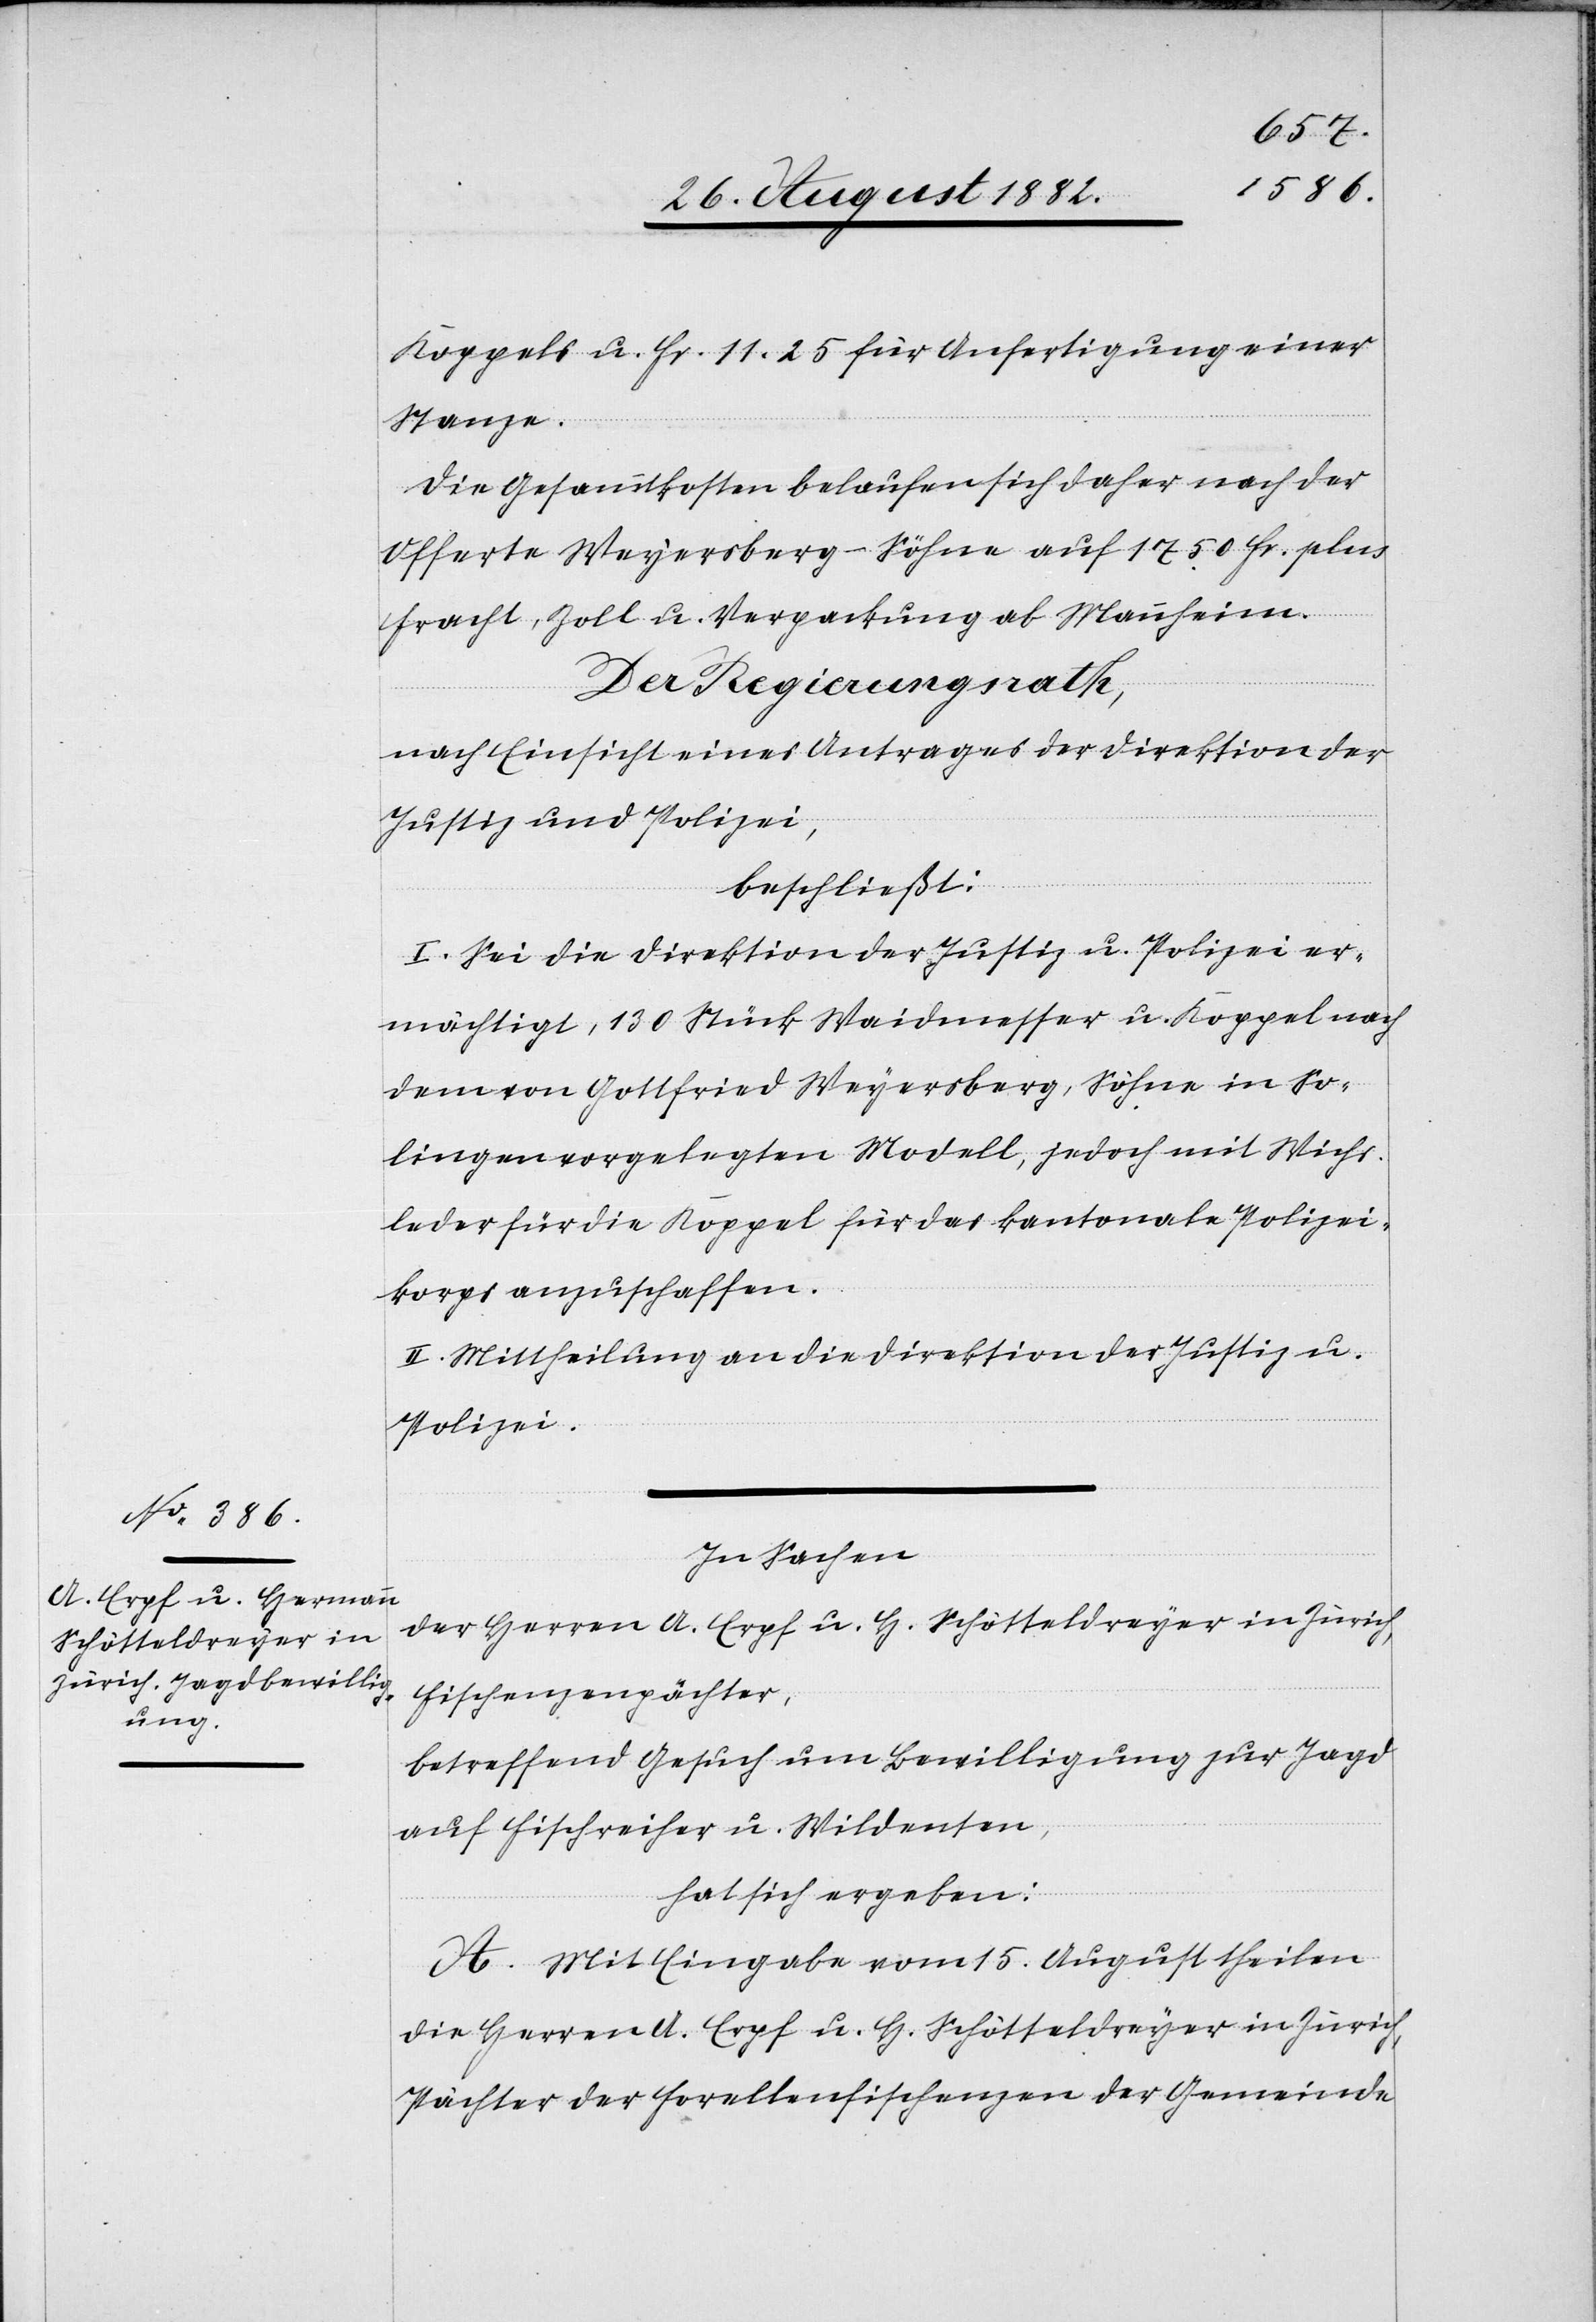
Koppels u. Fr. 11.25 für Anfertigung einer
Stanze.
Die Gesammtkosten belaufen sich daher nach der
Offerte Weyersberg-Söhne auf 1750 Fr. plus
Fracht, Zoll u. Verpackung ab Mannheim.
Der Regierungsrath,
nach Einsicht eines Antrages der Direktion der
Justiz & Polizei,
beschließt:
I. Sei die Direktion der Justiz & Polizei er¬
mächtigt, 130 Stück Waidmesser u. Koppel nach
dem von Gottfried Weyersberg, Söhne in So¬
lingen vorgelegten Modell, jedoch mit Wichs¬
leder für die Koppel für das kantonale Polizei¬
korps anzuschaffen.
II. Mittheilung an die Direktion der Justiz &
Polizei.
In Sachen
der Herren A. Erpf u. H. Schötteldreyer in Zürich,
Fischenzenpächter,
betreffend Gesuch um Bewilligung zur Jagd
auf Fischreiher u. Wildenten,
hat sich ergeben:
A. Mit Eingabe vom 15. August theilen
die Herren A. Erpf u. H. Schötteldreyer in Zürich,
Pächter der Forellenfischenzen der Gemeinde